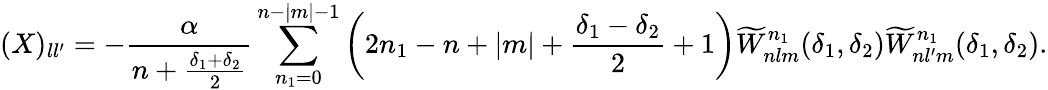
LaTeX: (X)_{ll^{\prime}}=-\frac{\alpha}{n+\frac{\delta_{1}+\delta_{2}}{2}}\sum_{n_{1}=0}^{n-|m|-1}\left(2n_{1}-n+|m|+\frac{\delta_{1}-\delta_{2}}{2}+1\right)\widetilde W_{nlm}^{n_{1}}(\delta_{1},\delta_{2})\widetilde W_{nl^{\prime}m}^{n_{1}}(\delta_{1},\delta_{2}).